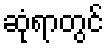
ဆုံရာတွင်